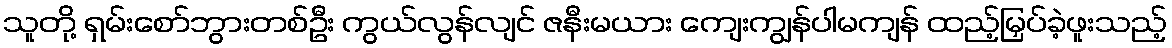
သူတို့ ရှမ်းစော်ဘွားတစ်ဦး ကွယ်လွန်လျင် ဇနီးမယား ကျေးကျွန်ပါမကျန် ထည့်မြှပ်ခဲ့ဖူးသည့်